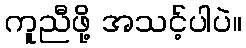
ကူညီဖို့ အသင့်ပါပဲ။